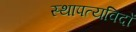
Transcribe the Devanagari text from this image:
स्थापत्यविदों